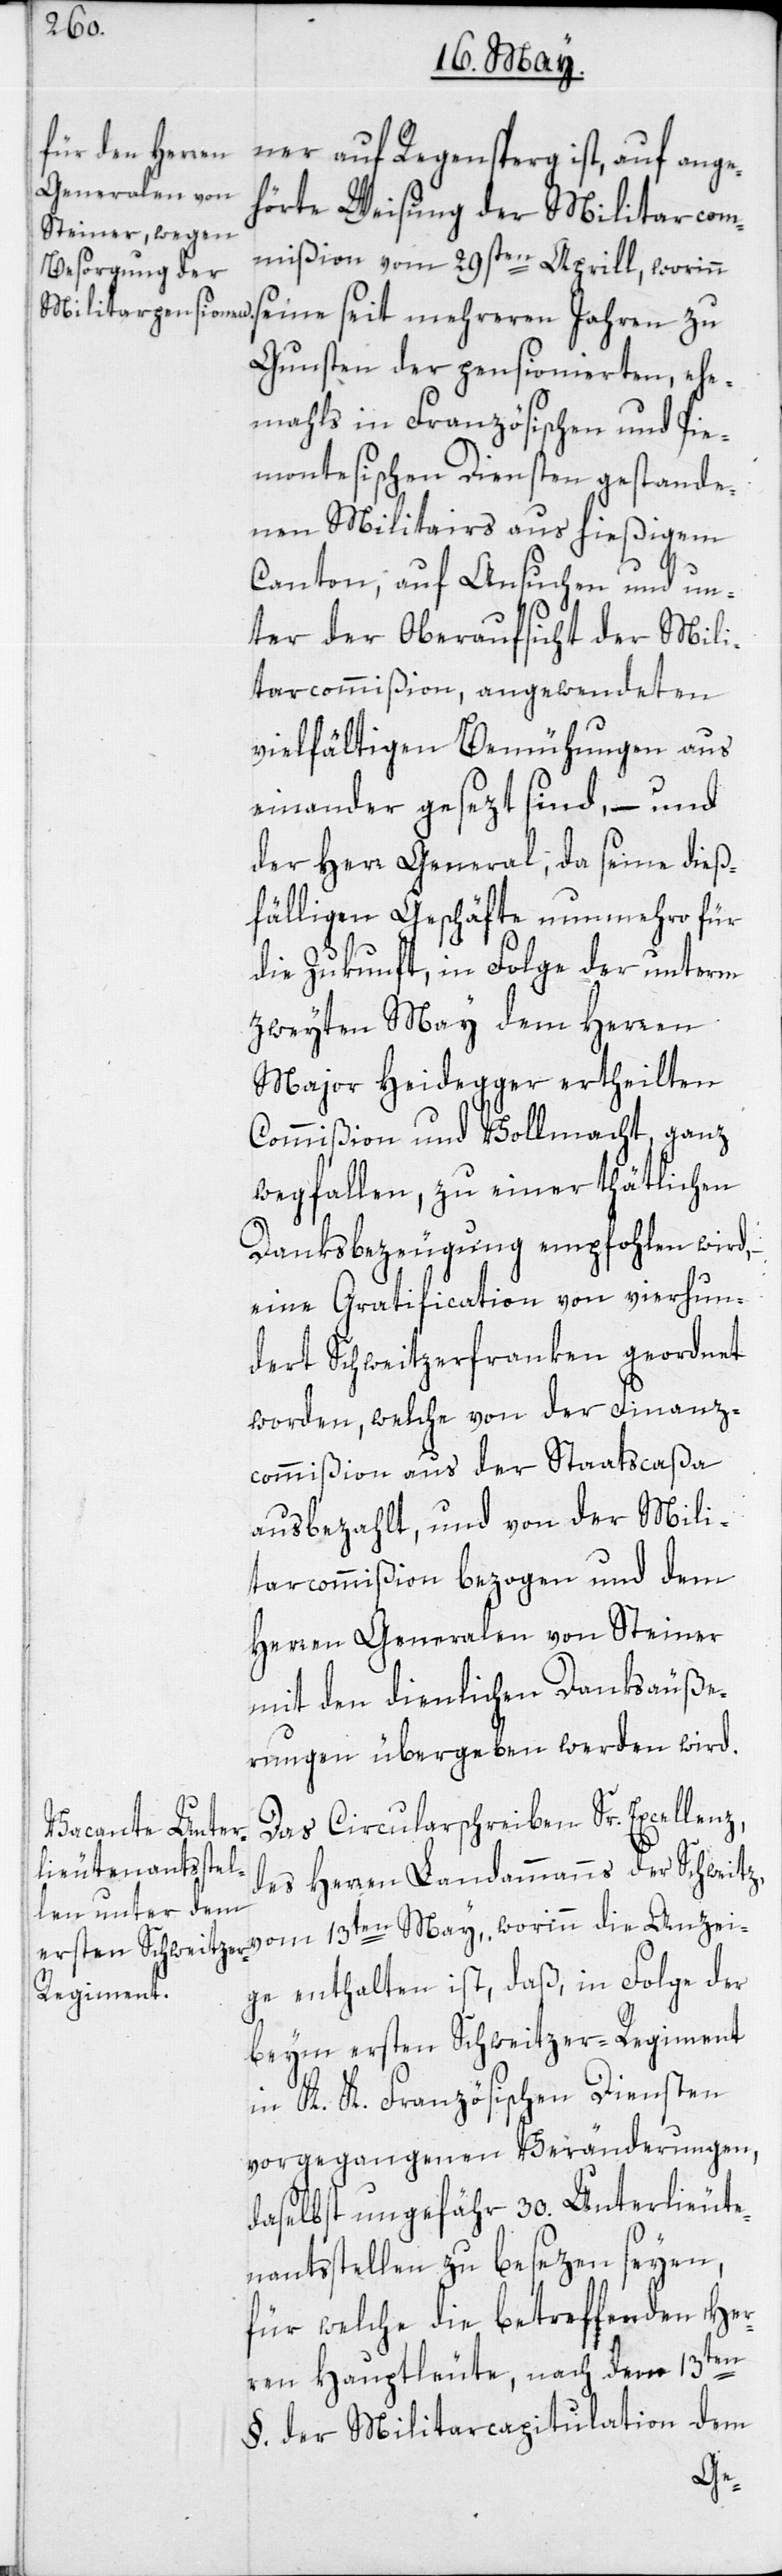
ner auf Regensperg ist, auf ange¬
hörte Weisung der Militarcom¬
mißion vom 29sten Aprill, worinn
Gunsten der pensionierten, ehe¬
mals in Französischen und Pie¬
montesischen Diensten gestande¬
nen Militairs aus hießigem
Canton, auf Ansuchen und un¬
ter der Oberaufsicht der Mili¬
tarcommißion, angwendeten
vielfältigen Bemühungen aus
einander gesezt sind, – und
der Herr General, da seine dieß¬
fälligen Geschäfte nunmehro für
die Zukunft, in Folge der unterm
zweyten May dem Herren
Major Heidegger ertheilten
Commißion und Vollmacht, ganz
wegfallen, zu einer thätlichen
Danksbezeugung empfohlen wird,
eine Gratification von vierhun¬
dert Schweitzerfranken geordnet
worden, welche von der Finanz¬
commißion aus der Staatscaßa
ausbezahlt, und von der Mili¬
tarcommißion bezogen und dem
Herren Generalen von Steiner
mit den dienlichen Danksäuße¬
rungen übergeben werden wird.
Das Circularschreiben Sr. Excellenz,
des Herren Landammanns der Schweitz
vom 13ten May, worinn die Anzei¬
ge enthalten ist, daß in Folge der
beym ersten Schweitzer-Regiment
in K. K. Französischen Diensten
vorgegangenen Veränderungen,
daselbst ungefähr 30. Unterlieute¬
nants-Stellen zu besezen seyen,
für welche die betreffenden Her¬
ren Hauptleute, nach dem 13ten
§. der Militarcapitulation dem